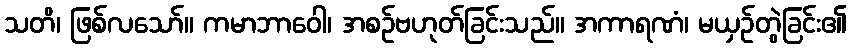
သတိ၊ ဖြစ်လသော်။ ကမာဘာဝေါ၊ အစဉ်ဗဟုတ်ခြင်းသည်။ အကာရဏံ၊ မယှဉ်တွဲခြင်း၏